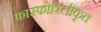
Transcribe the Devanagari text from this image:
फास्फोरिलीकृत